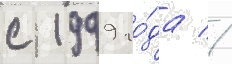
с 1999 го́да //